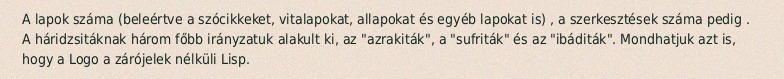
A lapok száma (beleértve a szócikkeket, vitalapokat, allapokat és egyéb lapokat is) , a szerkesztések száma pedig . A háridzsitáknak három főbb irányzatuk alakult ki, az "azrakiták", a "sufriták" és az "ibáditák". Mondhatjuk azt is, hogy a Logo a zárójelek nélküli Lisp.